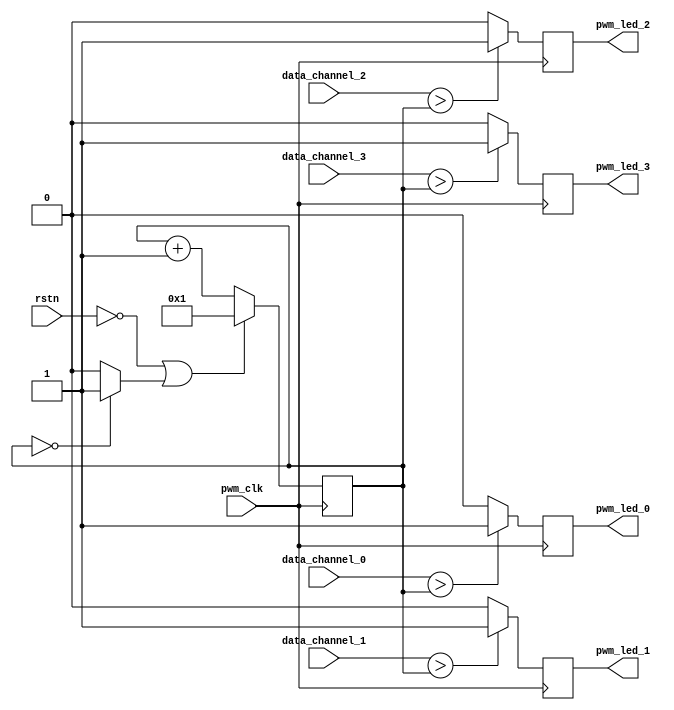
// ***************************************************************************
// ***************************************************************************
// Copyright 2014 - 2017 (c) Analog Devices, Inc. All rights reserved.
//
// In this HDL repository, there are many different and unique modules, consisting
// of various HDL (Verilog or VHDL) components. The individual modules are
// developed independently, and may be accompanied by separate and unique license
// terms.
//
// The user should read each of these license terms, and understand the
// freedoms and responsibilities that he or she has by using this source/core.
//
// This core is distributed in the hope that it will be useful, but WITHOUT ANY
// WARRANTY; without even the implied warranty of MERCHANTABILITY or FITNESS FOR
// A PARTICULAR PURPOSE.
//
// Redistribution and use of source or resulting binaries, with or without modification
// of this file, are permitted under one of the following two license terms:
//
//   1. The GNU General Public License version 2 as published by the
//      Free Software Foundation, which can be found in the top level directory
//      of this repository (LICENSE_GPL2), and also online at:
//      <https://www.gnu.org/licenses/old-licenses/gpl-2.0.html>
//
// OR
//
//   2. An ADI specific BSD license, which can be found in the top level directory
//      of this repository (LICENSE_ADIBSD), and also on-line at:
//      https://github.com/analogdevicesinc/hdl/blob/master/LICENSE_ADIBSD
//      This will allow to generate bit files and not release the source code,
//      as long as it attaches to an ADI device.
//
// ***************************************************************************
// ***************************************************************************
// This is the LVDS/DDR interface

`timescale 1ns/100ps

module axi_pwm_custom_if #(

  // the width and period are defined in number of clock cycles
  parameter   PULSE_PERIOD = 4096
) (

  // physical interface

input            pwm_clk,
input            rstn,
input    [11:0]  data_channel_0,
input    [11:0]  data_channel_1,
input    [11:0]  data_channel_2,
input    [11:0]  data_channel_3,
output           pwm_led_0,
output           pwm_led_1,
output           pwm_led_2,
output           pwm_led_3
);

// internal registers

reg     [11:0]  pulse_period_cnt = 12'h0;
reg             phase_align_armed = 1'b1;
reg     [11:0]  pulse_period_d = PULSE_PERIOD;
reg     [11:0]  data_channel_0_d = 12'b0;
reg     [11:0]  data_channel_1_d = 12'b0;
reg     [11:0]  data_channel_2_d = 12'b0;
reg     [11:0]  data_channel_3_d = 12'b0;
reg             pwm_led_0_s = 1'b0;
reg             pwm_led_1_s = 1'b0;
reg             pwm_led_2_s = 1'b0;
reg             pwm_led_3_s = 1'b0;

// internal wires

wire           end_of_period;
assign pwm_led_0 = pwm_led_0_s;
assign pwm_led_1 = pwm_led_1_s;
assign pwm_led_2 = pwm_led_2_s;
assign pwm_led_3 = pwm_led_3_s;


// Counter

always @(posedge pwm_clk) begin
  if (rstn == 1'b0 || end_of_period == 1'b1) begin
    pulse_period_cnt <= 12'd1;
  end else begin
    pulse_period_cnt <= pulse_period_cnt + 1'b1;

  end
end

assign end_of_period = (pulse_period_cnt == pulse_period_d) ? 1'b1 : 1'b0;

// PWM Generator

always @(posedge pwm_clk) begin

  if (data_channel_0 > pulse_period_cnt)
    pwm_led_0_s <= 1'b1;
  else
    pwm_led_0_s <= 1'b0;
  if (data_channel_1 > pulse_period_cnt)
    pwm_led_1_s <= 1'b1;
  else
    pwm_led_1_s <= 1'b0;
  if (data_channel_2 > pulse_period_cnt)
    pwm_led_2_s <= 1'b1;
  else
    pwm_led_2_s <= 1'b0;
  if (data_channel_3 > pulse_period_cnt)
    pwm_led_3_s <= 1'b1;
  else
    pwm_led_3_s <= 1'b0;

end

always @(posedge pwm_clk) begin


  if (end_of_period) begin
    data_channel_0_d <= data_channel_0;
    data_channel_1_d <= data_channel_1;
    data_channel_2_d <= data_channel_2;
    data_channel_3_d <= data_channel_3;
  end else begin
    data_channel_0_d <= data_channel_0_d;
    data_channel_1_d <= data_channel_1_d;
    data_channel_2_d <= data_channel_2_d;
    data_channel_3_d <= data_channel_3_d;
  end


end
endmodule